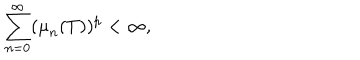
LaTeX: \sum _ { n = 0 } ^ { \infty } ( { \mu } _ { n } ( T ) ) ^ { p } < { \infty } ,